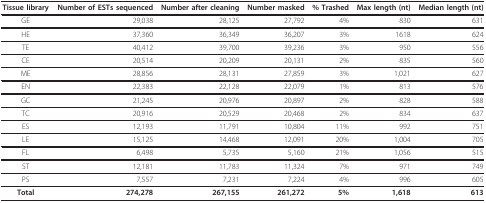
<table><thead><tr><td><b>Tissue library</b></td><td><b>Number of ESTs sequenced</b></td><td><b>Number after cleaning</b></td><td><b>Number masked</b></td><td><b>% Trashed</b></td><td><b>Max length (nt)</b></td><td><b>Median length (nt)</b></td></tr></thead><tbody><tr><td>GE</td><td>29,038</td><td>28,125</td><td>27,792</td><td>4%</td><td>830</td><td>631</td></tr><tr><td>HE</td><td>37,360</td><td>36,349</td><td>36,207</td><td>3%</td><td>1618</td><td>624</td></tr><tr><td>TE</td><td>40,412</td><td>39,700</td><td>39,236</td><td>3%</td><td>950</td><td>556</td></tr><tr><td>CE</td><td>20,514</td><td>20,209</td><td>20,131</td><td>2%</td><td>835</td><td>560</td></tr><tr><td>ME</td><td>28,856</td><td>28,131</td><td>27,859</td><td>3%</td><td>1,021</td><td>627</td></tr><tr><td>EN</td><td>22,383</td><td>22,128</td><td>22,079</td><td>1%</td><td>813</td><td>576</td></tr><tr><td>GC</td><td>21,245</td><td>20,976</td><td>20,897</td><td>2%</td><td>828</td><td>588</td></tr><tr><td>TC</td><td>20,916</td><td>20,529</td><td>20,468</td><td>2%</td><td>834</td><td>637</td></tr><tr><td>ES</td><td>12,193</td><td>11,791</td><td>10,804</td><td>11%</td><td>992</td><td>751</td></tr><tr><td>LE</td><td>15,125</td><td>14,468</td><td>12,091</td><td>20%</td><td>1,004</td><td>705</td></tr><tr><td>FL</td><td>6,498</td><td>5,735</td><td>5,160</td><td>21%</td><td>1,056</td><td>515</td></tr><tr><td>ST</td><td>12,181</td><td>11,783</td><td>11,324</td><td>7%</td><td>971</td><td>749</td></tr><tr><td>PS</td><td>7,557</td><td>7,231</td><td>7,224</td><td>4%</td><td>996</td><td>605</td></tr><tr><td><b>Total</b></td><td><b>274,278</b></td><td><b>267,155</b></td><td><b>261,272</b></td><td><b>5%</b></td><td><b>1,618</b></td><td><b>613</b></td></tr></tbody></table>